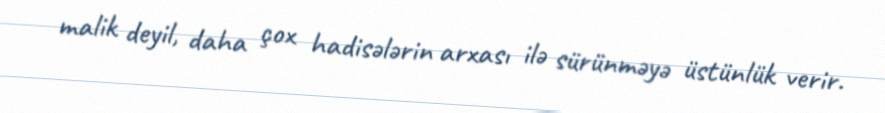
malik deyil, daha çox hadisələrin arxası ilə sürünməyə üstünlük verir.